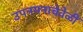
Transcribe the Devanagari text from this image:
उपनयनाचेवेळीं